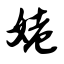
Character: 姥